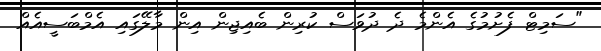
"ސަމިޓް ފެށުމުގެ އެންމެ ދެ ދުވަސް ކުރިން ބެއިޖިން އިން މާލޭގައި އެމްބަސީއެއް